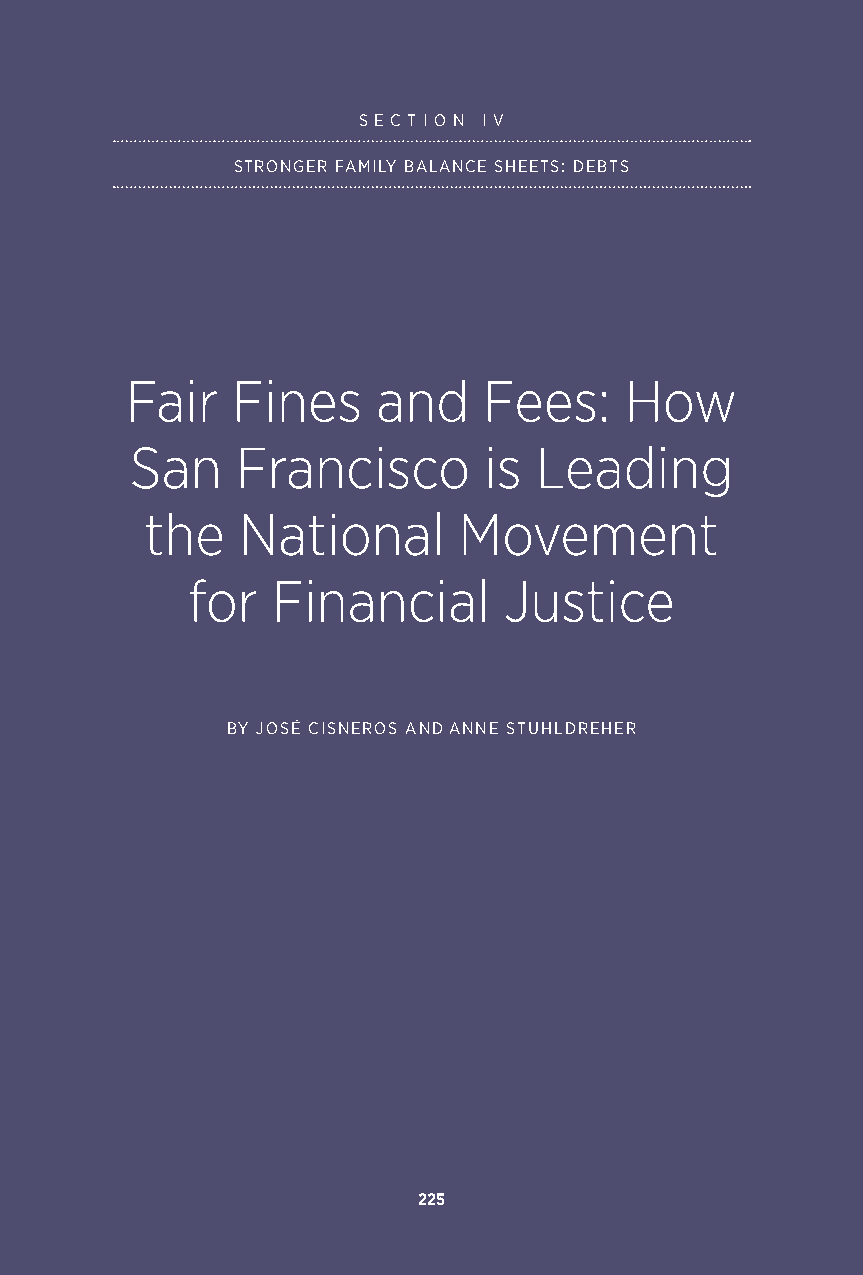
S E C T I O N I V
 STRONGER FAMILY BALANCE SHEETS: DEBTS
 Fair   Fines     and    Fees:    How
 San    Francisco       is Leading
 the   National      Movement
 for   Financial      Justice
 BY JOSÉ CISNEROS AND ANNE STUHLDREHER
 225